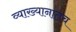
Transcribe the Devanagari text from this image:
व्याख्यानातच